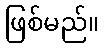
ဖြစ်မည်။